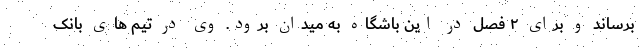
برساند و برای ۲ فصل در این باشگاه به میدان برود. وی در تیم های بانک